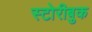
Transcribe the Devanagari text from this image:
स्टोरीबुक